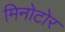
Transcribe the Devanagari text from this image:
मिनोटोर